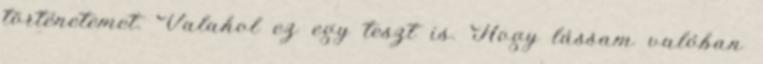
történetemet. Valahol ez egy teszt is. Hogy lássam valóban